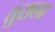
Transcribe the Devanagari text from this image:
तुसला